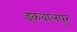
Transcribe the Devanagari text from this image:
इकबालपुर